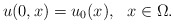
\begin{align*}u(0,x) = u_0(x), \ \ x\in \Omega.\end{align*}